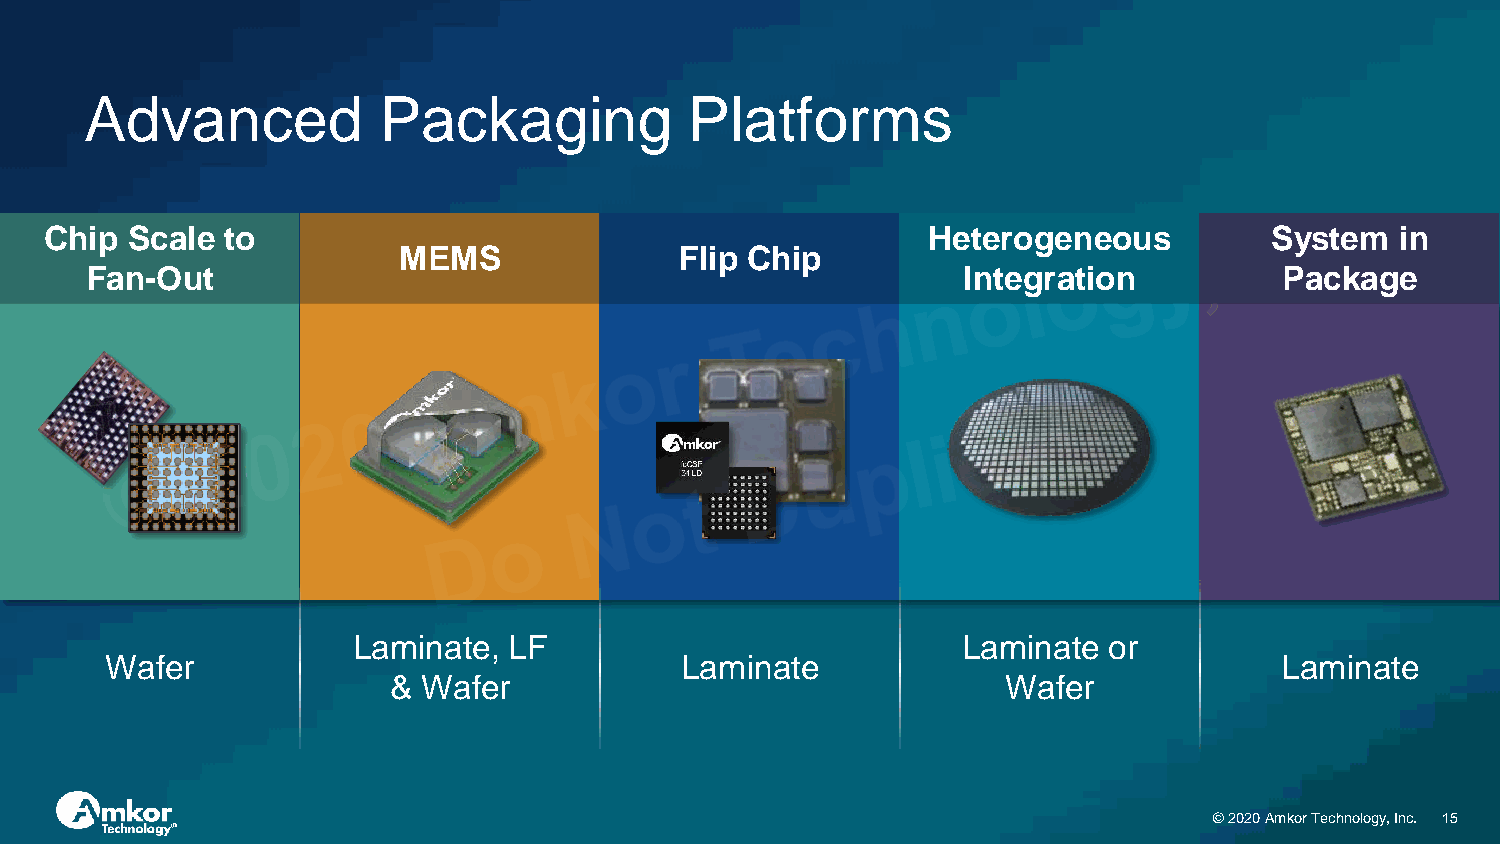
Advanced           Packaging            Platforms
 Chip Scale  to                                            Heterogeneous          System   in
 MEMS               Flip Chip
 Fan-Out                                                   Integration          Package
 Laminate,  LF                            Laminate or
 Wafer                                 Laminate                                Laminate
 & Wafer                                  Wafer
 © 2020 Amkor Technology, Inc. 15